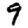
Digit: 9